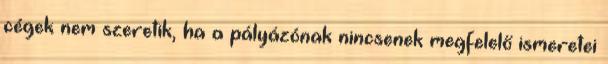
cégek nem szeretik, ha a pályázónak nincsenek megfelelő ismeretei